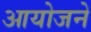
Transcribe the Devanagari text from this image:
आयोजने